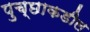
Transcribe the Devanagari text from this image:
पुच्छाकडील